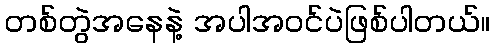
တစ်တွဲအနေနဲ့ အပါအဝင်ပဲဖြစ်ပါတယ်။